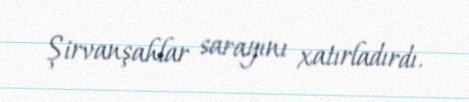
Şirvanşahlar sarayını xatırladırdı.